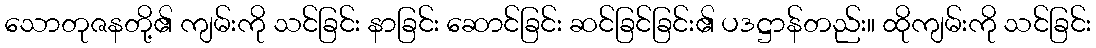
သောတုဇနတို့၏ ကျမ်းကို သင်ခြင်း နာခြင်း ဆောင်ခြင်း ဆင်ခြင်ခြင်း၏ ပဒဋ္ဌာန်တည်း။ ထိုကျမ်းကို သင်ခြင်း